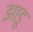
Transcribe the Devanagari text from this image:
झाडु